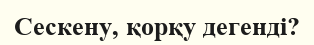
Сескену, қорқу дегенді?